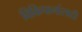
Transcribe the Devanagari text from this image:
विकिपानांसाठी